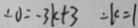
\therefore 0 = - 3 k + 3 \therefore k = 1